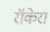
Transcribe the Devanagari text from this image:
रॉकेरा